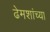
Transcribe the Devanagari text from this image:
ढेमशांच्या